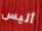
أليس